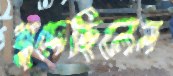
খুদেছিলেন